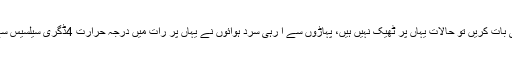
مغربی اتر پردیش کی بات کریں تو حالات یہاں پر ٹھیک نہیں ہیں، پہاڑوں سے آ رہی سرد ہوائوں نے یہاں پر رات میں درجہ حرارت 4ڈگری سیلسیس سے نیچے گرا دیا ہے۔